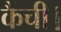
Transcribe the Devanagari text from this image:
कैंची।